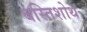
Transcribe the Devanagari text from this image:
बस्तिशोथ